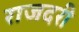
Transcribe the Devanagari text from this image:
राजदरी